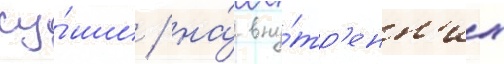
су́ши / на́ вну́тр'енн'их